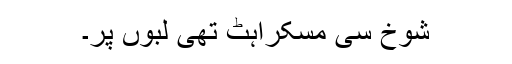
شوخ سی مسکراہٹ تھی لبوں پر۔